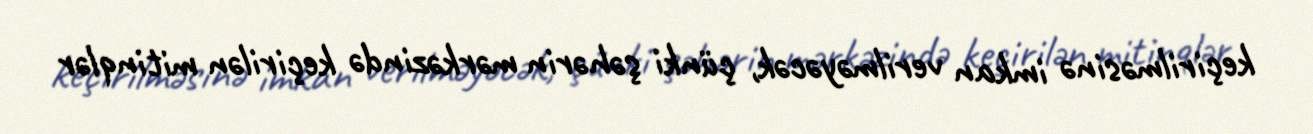
keçirilməsinə imkan verilməyəcək, çünki şəhərin mərkəzində keçirilən mitinqlər